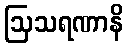
ဩသရဏာနိ